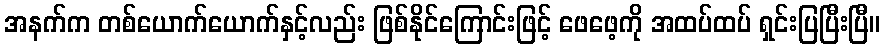
အနက်က တစ်ယောက်ယောက်နှင့်လည်း ဖြစ်နိုင်ကြောင်းဖြင့် ဖေဖေ့ကို အထပ်ထပ် ရှင်းပြပြီးပြီ။